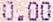
0.00